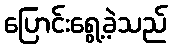
ပြောင်းရွေ့ခဲ့သည်